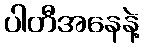
ပါတီအနေနဲ့